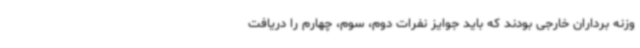
وزنه برداران خارجی بودند که باید جوایز نفرات دوم، سوم، چهارم را دریافت